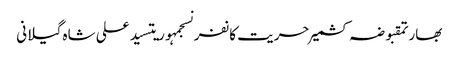
بھارتمقبوضہ کشمیرحریت کانفرنسجمہوریتسید علی شاہ گیلانی